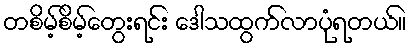
တစိမ့်စိမ့်တွေးရင်း ဒေါသထွက်လာပုံရတယ်။